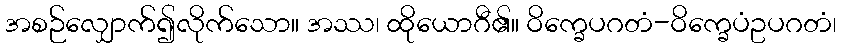
အစဉ်လျှောက်၍လိုက်သော။ အဿ၊ ထိုယောဂီ၏။ ဝိက္ခေပဂတံ-ဝိက္ခေပံဥပဂတံ၊